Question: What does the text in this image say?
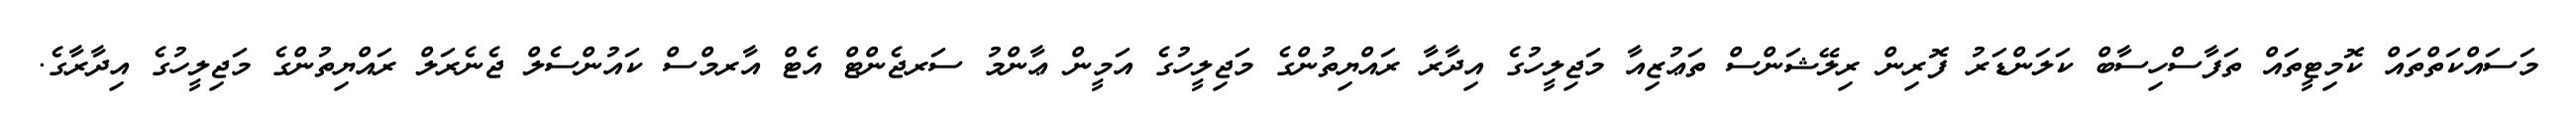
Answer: މަސައްކަތްތައް ކޮމިޓީތައް ތަފާސްހިސާބް ކަލަންޑަރު ފޮރިން ރިލޭޝަންސް ތަޢުޒިއާ މަޖިލީހުގެ އިދާރާ ރައްޔިތުންގެ މަޖިލީހުގެ އަމީން ޢާންމު ސަރޖެންޓް އެޓް އާރމްސް ކައުންސެލް ޖެނެރަލް ރައްޔިތުންގެ މަޖިލީހުގެ އިދާރާގެ.